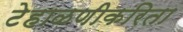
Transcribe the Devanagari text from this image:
टेहाळणीकरिता